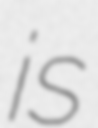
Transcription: is